Bréfritari: Guðný Jónsdóttir
Viðtakandi: Jón Borgfirðingur
Dagsetning: A-1896-06-09
Skrifað á: Sauðafelli  Dal.
Dóttir Jóns Borgfirðings

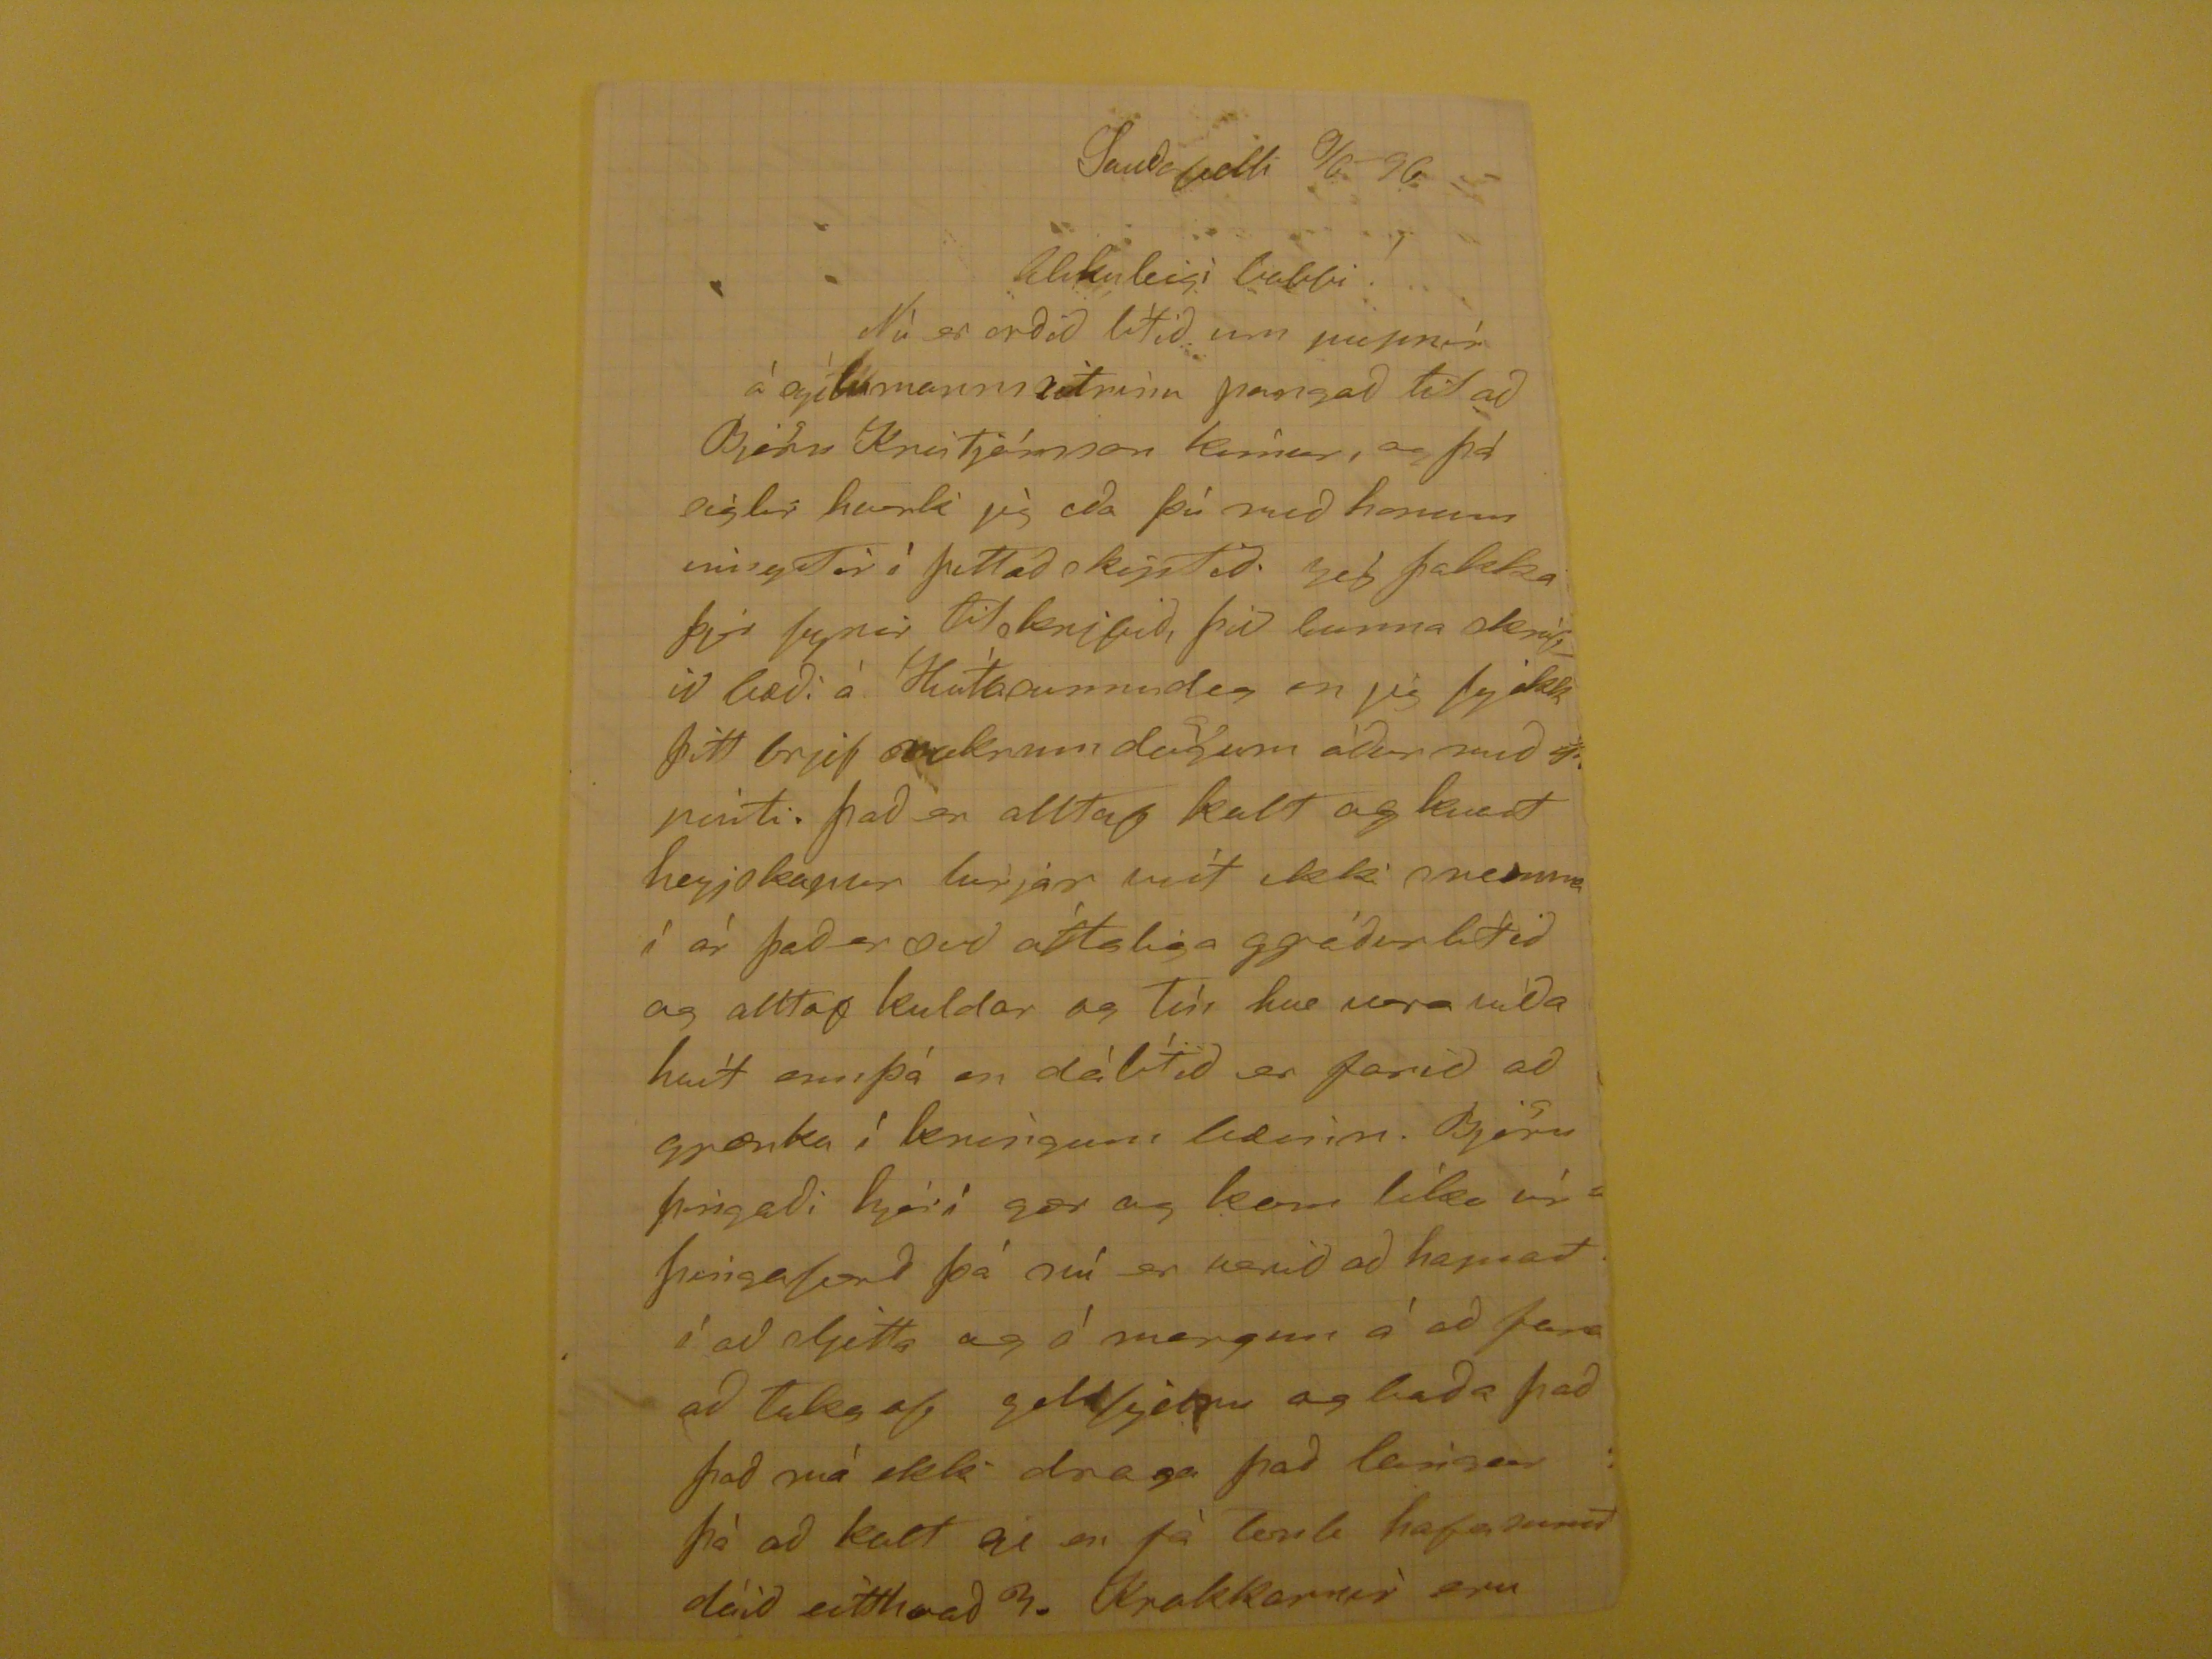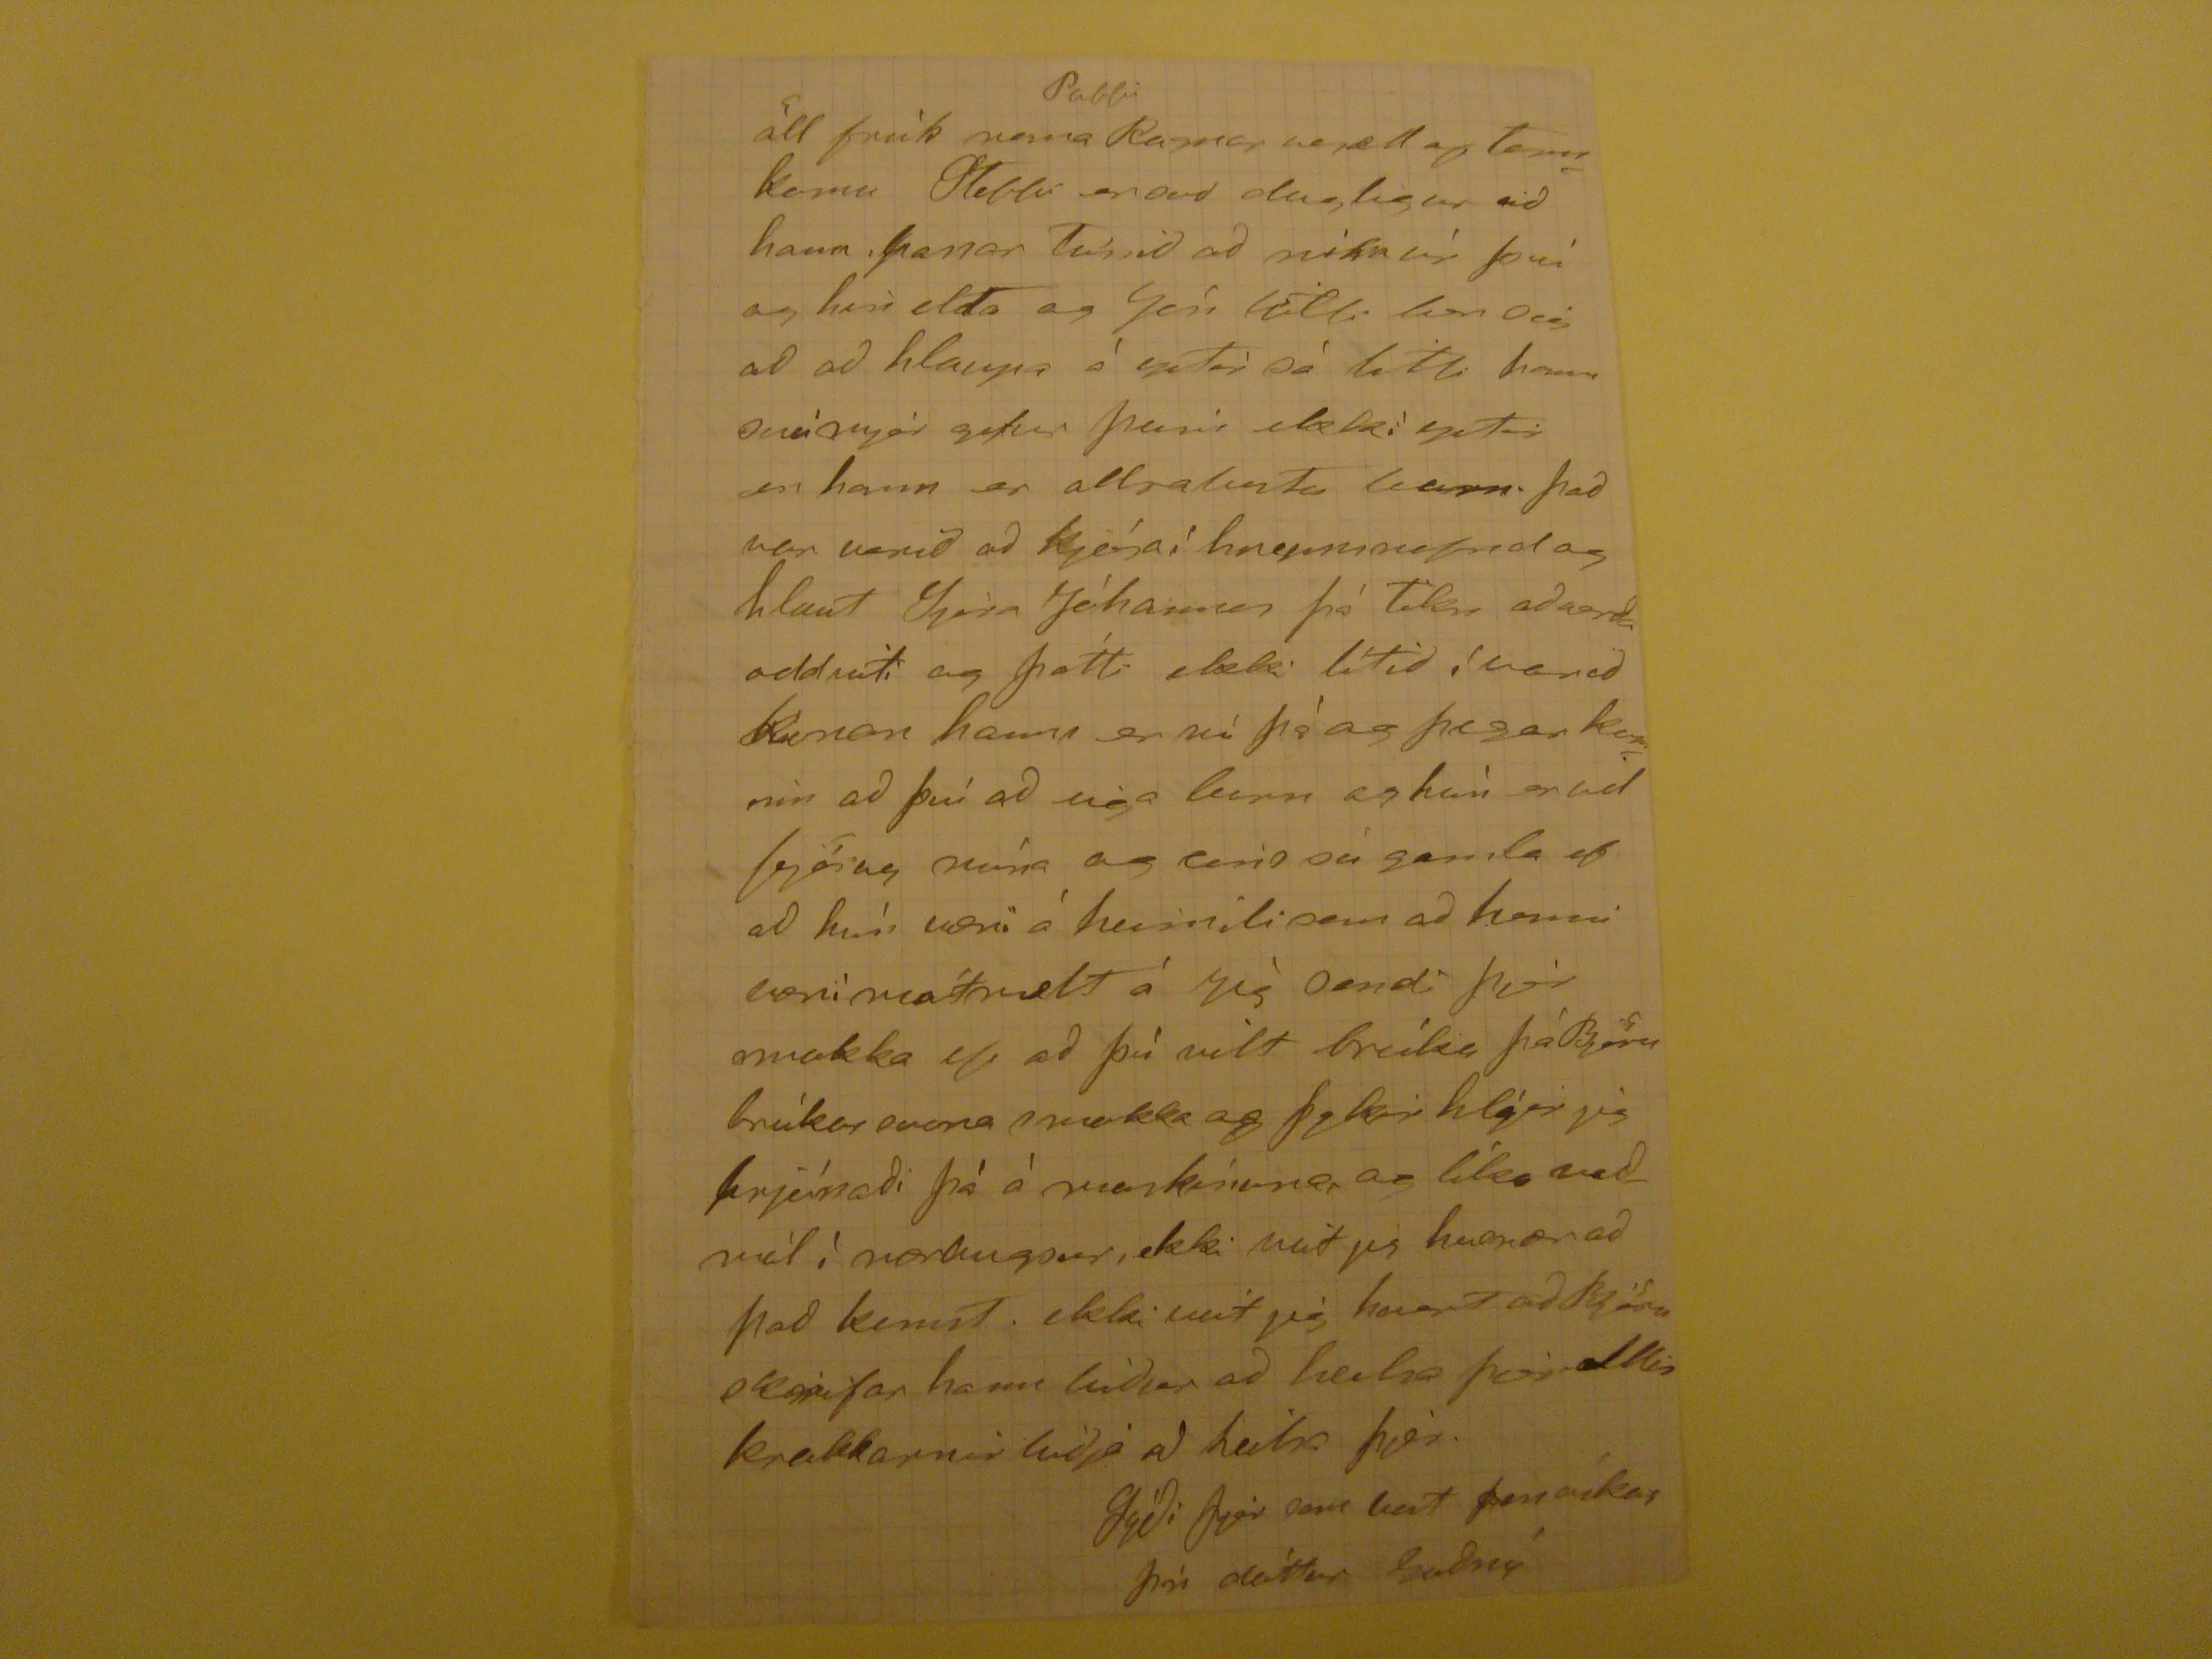

Sauðafelli 9/6 96
Elskuleigi babbi!
Nù er orðið lìtið um
pappìr
à
ogítumannvitnìnu
þangað til að Bjorn Kristjánsson kemur, og þá siglir
harla
jig eða þú með honum
vinstór
þettað skíptið. jig þakka þjer fyrir tilskrifið, þú kunna skrifið bæði à Hvítasunnudag en jig fj ekk þitt brjef nokrum dögum àður með
sjó
pósti. það er alltaf kalt og
kvast
heyjskapur
herjar
víst ikki snemma í àr það er svo óttaliga ggróðurlítið og alltaf kuldar og
Tún hve
vera víða hvít ennþá en dàlítið er farið að grænka í kringum
lidurin
. Björn þingaði hjer í gær og kom líka úr þingaferð þá nú er komið að hamast í að sljetta og ó mergur á að fara að Taka af gald
galdljelpur
og baða það það má ekki draga það leingur þó að kalt sé en fá
lomb
hafa sumir dáið eitthvað 3. Krakkarnr eru
öll frísk nema
Pabbi
Ragnar vesæll af
Temrkomu
Stebbi er svo dugligur við hann,
Ganar
Túnið að
miku
úr því og hin elda og Jón litli
bun jig
að að hlaupa á
góðìr
sá litli
hann snúnjar
getur þeim ekkì
getir
en hann er
allrabuta
barn. það var verið að kjósa í hreppnefnd og hlaut
Jórn
Jóhannson þá
Toku
aðverða onnviti og þótti ekki lítið í varið konan hans er nú þá og þegar komin að því að eiga barn og hún er við
fjörug
núna og
eins
sú gamla ef að hún
væni
á heimili sem að henni væri mótmælt á jig sendi þjer
mokka
ef að þú vilt
brùka
þó Björn
brùkar
svona
mokka
og þykir hlýir jig prjónaði þà à maskínunar og líka vaðmàl í nærbugsur, ekki veit jig hvenær að að kemst. ekki veit jig hvort að Björn skrifar hann bìður að heilsa þjer allir krakkarnir biðja að heilsa þjer.
Gýði
þjer sem best þess óskar þín dóttur Guðný